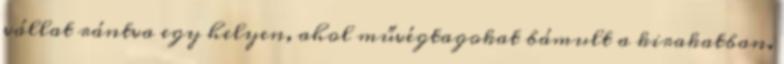
vállat rántva egy helyen, ahol művégtagokat bámult a kirakatban.